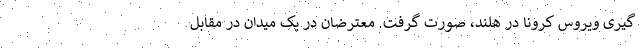
گیری ویروس کرونا در هلند، صورت گرفت. معترضان در یک میدان در مقابل